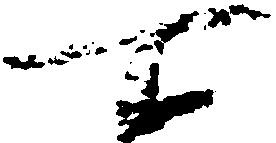
所